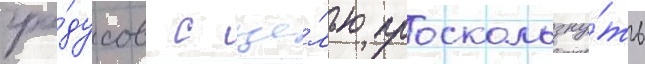
гра́дусов с це́лью проскользну́ть